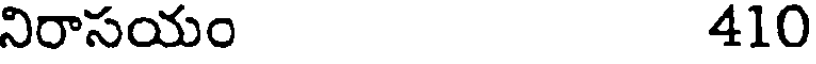
నిరాసయం 410